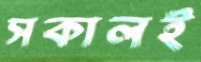
সকালই